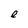
Character: e